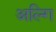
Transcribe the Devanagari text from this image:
अल्गि